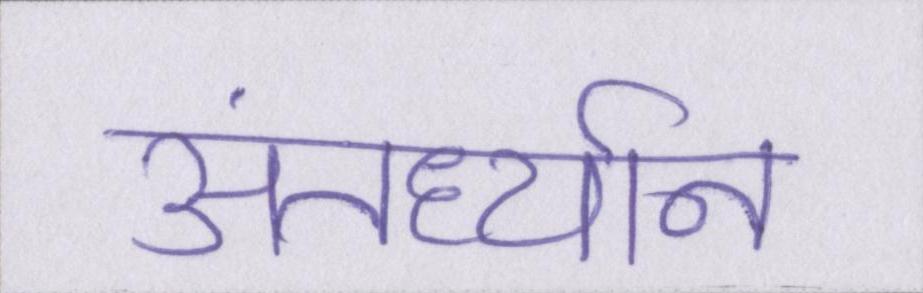
अंतर्ध्यान